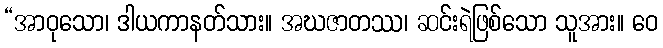
“အာဝုသော၊ ဒါယကာနတ်သား။ အဃဇာတဿ၊ ဆင်းရဲဖြစ်သော သူအား။ ဝေ